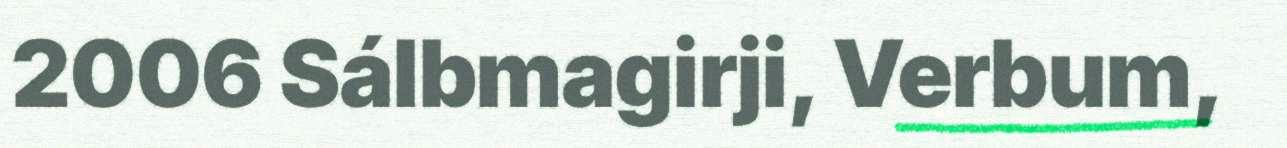
2006 Sálbmagirji, Verbum,